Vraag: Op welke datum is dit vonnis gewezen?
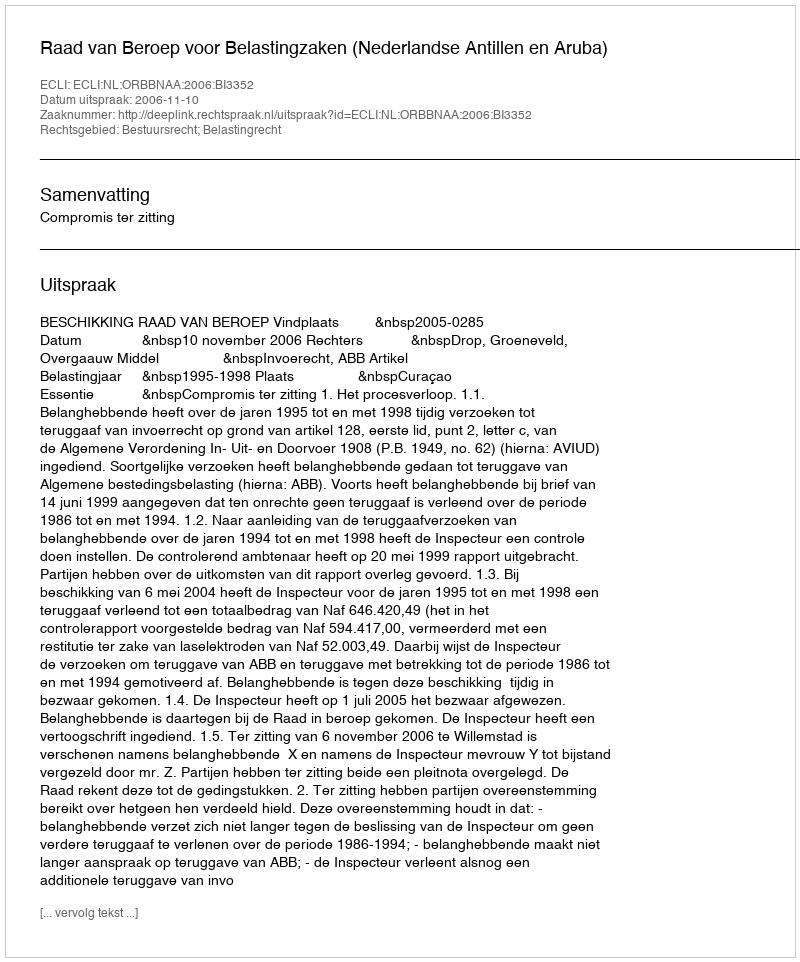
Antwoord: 2006-11-10